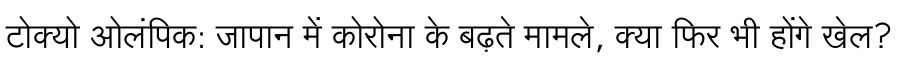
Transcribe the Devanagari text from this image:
टोक्यो ओलंपिक: जापान में कोरोना के बढ़ते मामले, क्या फिर भी होंगे खेल?